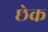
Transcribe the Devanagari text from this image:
छेक